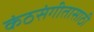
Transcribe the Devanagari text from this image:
कंठसंगीतासाठी